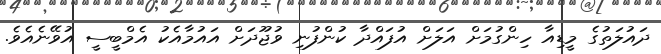
ދައުލަތުގެ މީޑިއާ ހިންގުމަށް އަލަށް އުފައްދާ ކުންފުނި ވުޖޫދަށް އައުމާއެކު އެމްބީސީ އުވޭނެއެވެ.